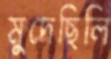
মুদেছিলি